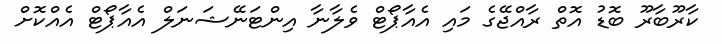
ކާރޫބާރޫ ބޮޑު އޮތް ރާއްޖޭގެ މައި އެއާޕޯޓް ވެލާނާ އިންޓަނޭޝަނަލް އެއާޕޯޓް އެއްކޮށް